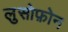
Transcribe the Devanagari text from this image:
लुसोफ़ोन